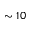
\sim 1 0